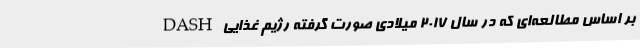
بر اساس مطالعه‌ای که در سال ۲۰۱۷ میلادی صورت گرفته رژیم غذایی DASH